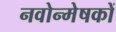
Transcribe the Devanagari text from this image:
नवोन्मेषकों